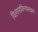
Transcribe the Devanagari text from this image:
विलासविन्यासक्रम